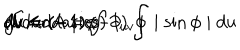
\int K d A = ( - 1 ) \int \mid \sin \phi \mid d u \hspace { 0 . 1 c m } d v = ( - 1 ) \int \partial _ { u v } \phi \hspace { 0 . 2 c m } d u \hspace { 0 . 1 c m } d v = ( - 1 ) \phi \hspace { 0 . 1 c m } \textrm { ( b o u n d a r i e s ) }